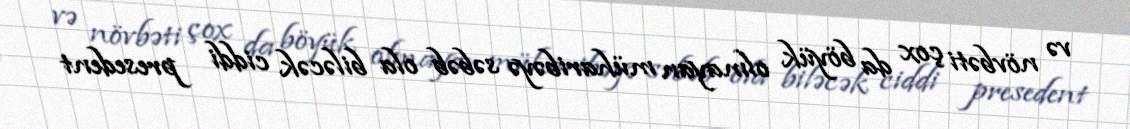
və növbəti çox da böyük olmayan müharibəyə səbəb ola biləcək ciddi presedent